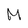
Character: M